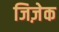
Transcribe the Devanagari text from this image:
जिज़ेक